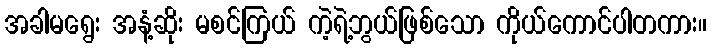
အခါမရွေး အနံ့ဆိုး မစင်ကြယ် ကဲ့ရဲ့ဘွယ်ဖြစ်သော ကိုယ်ကောင်ပါတကား။